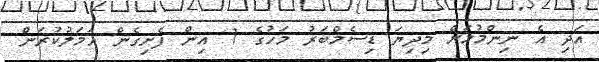
އަދި އެ ނިންމުމަށް މިދިޔަ ޑިސެމްބަރު މަހުގެ 1 އިން ފެށިގެން އަމަލުކުރަން